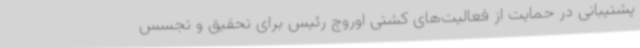
پشتیبانی در حمایت از فعالیت‌های کشتی اوروچ رئیس برای تحقیق و تجسس